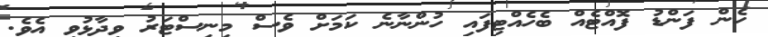
ހެން ފަންޑު ފޮއްޓެއް ބެހެެއްޓިފައި ހުންނާނެ ކަމަށް ވެސް މިނިސްޓަރު ވިދާޅުވި އެވެ.